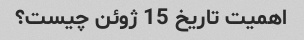
اهمیت تاریخ 15 ژوئن چیست؟